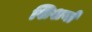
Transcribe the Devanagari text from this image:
शिशयो